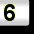
Digit: 6